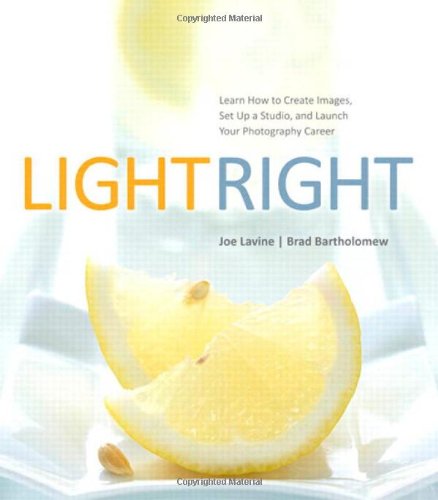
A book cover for Light Right: Learn How to Create Images, Set Up a Studio, and Launch Your Photography Career; Joe Lavine; Arts & Photography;